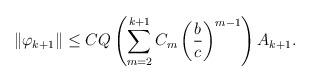
LaTeX: \begin{align*}\|\varphi_{k+1}\| \leq CQ \left( \sum_{m=2}^{k+1}{C_m \left( \frac{b}{c}\right)^{m-1}}\right) A_{k+1}.\end{align*}